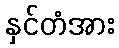
နှင်တံအား